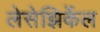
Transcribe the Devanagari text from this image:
लेसेझिर्केल